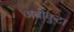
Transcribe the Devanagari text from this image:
अबोकुटा